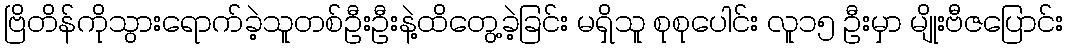
ဗြိတိန်ကိုသွားရောက်ခဲ့သူတစ်ဦးဦးနဲ့ထိတွေ့ခဲ့ခြင်း မရှိသူ စုစုပေါင်း လူ၁၅ ဦးမှာ မျိုးဗီဇပြောင်း